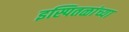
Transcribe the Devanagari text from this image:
इस्पितळांच्या